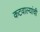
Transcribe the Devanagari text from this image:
कटवाल्यांची